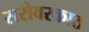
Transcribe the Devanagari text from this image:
सरोवरकाठ